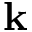
\mathbf { k }